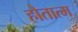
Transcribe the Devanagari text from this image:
हौतात्म